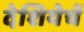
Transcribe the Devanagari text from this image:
देशियेचें